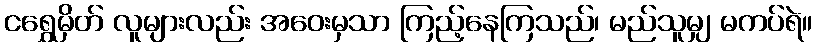
ငရွှေမှိတ် လူများလည်း အဝေးမှသာ ကြည့်နေကြသည်၊ မည်သူမျှ မကပ်ရဲ။